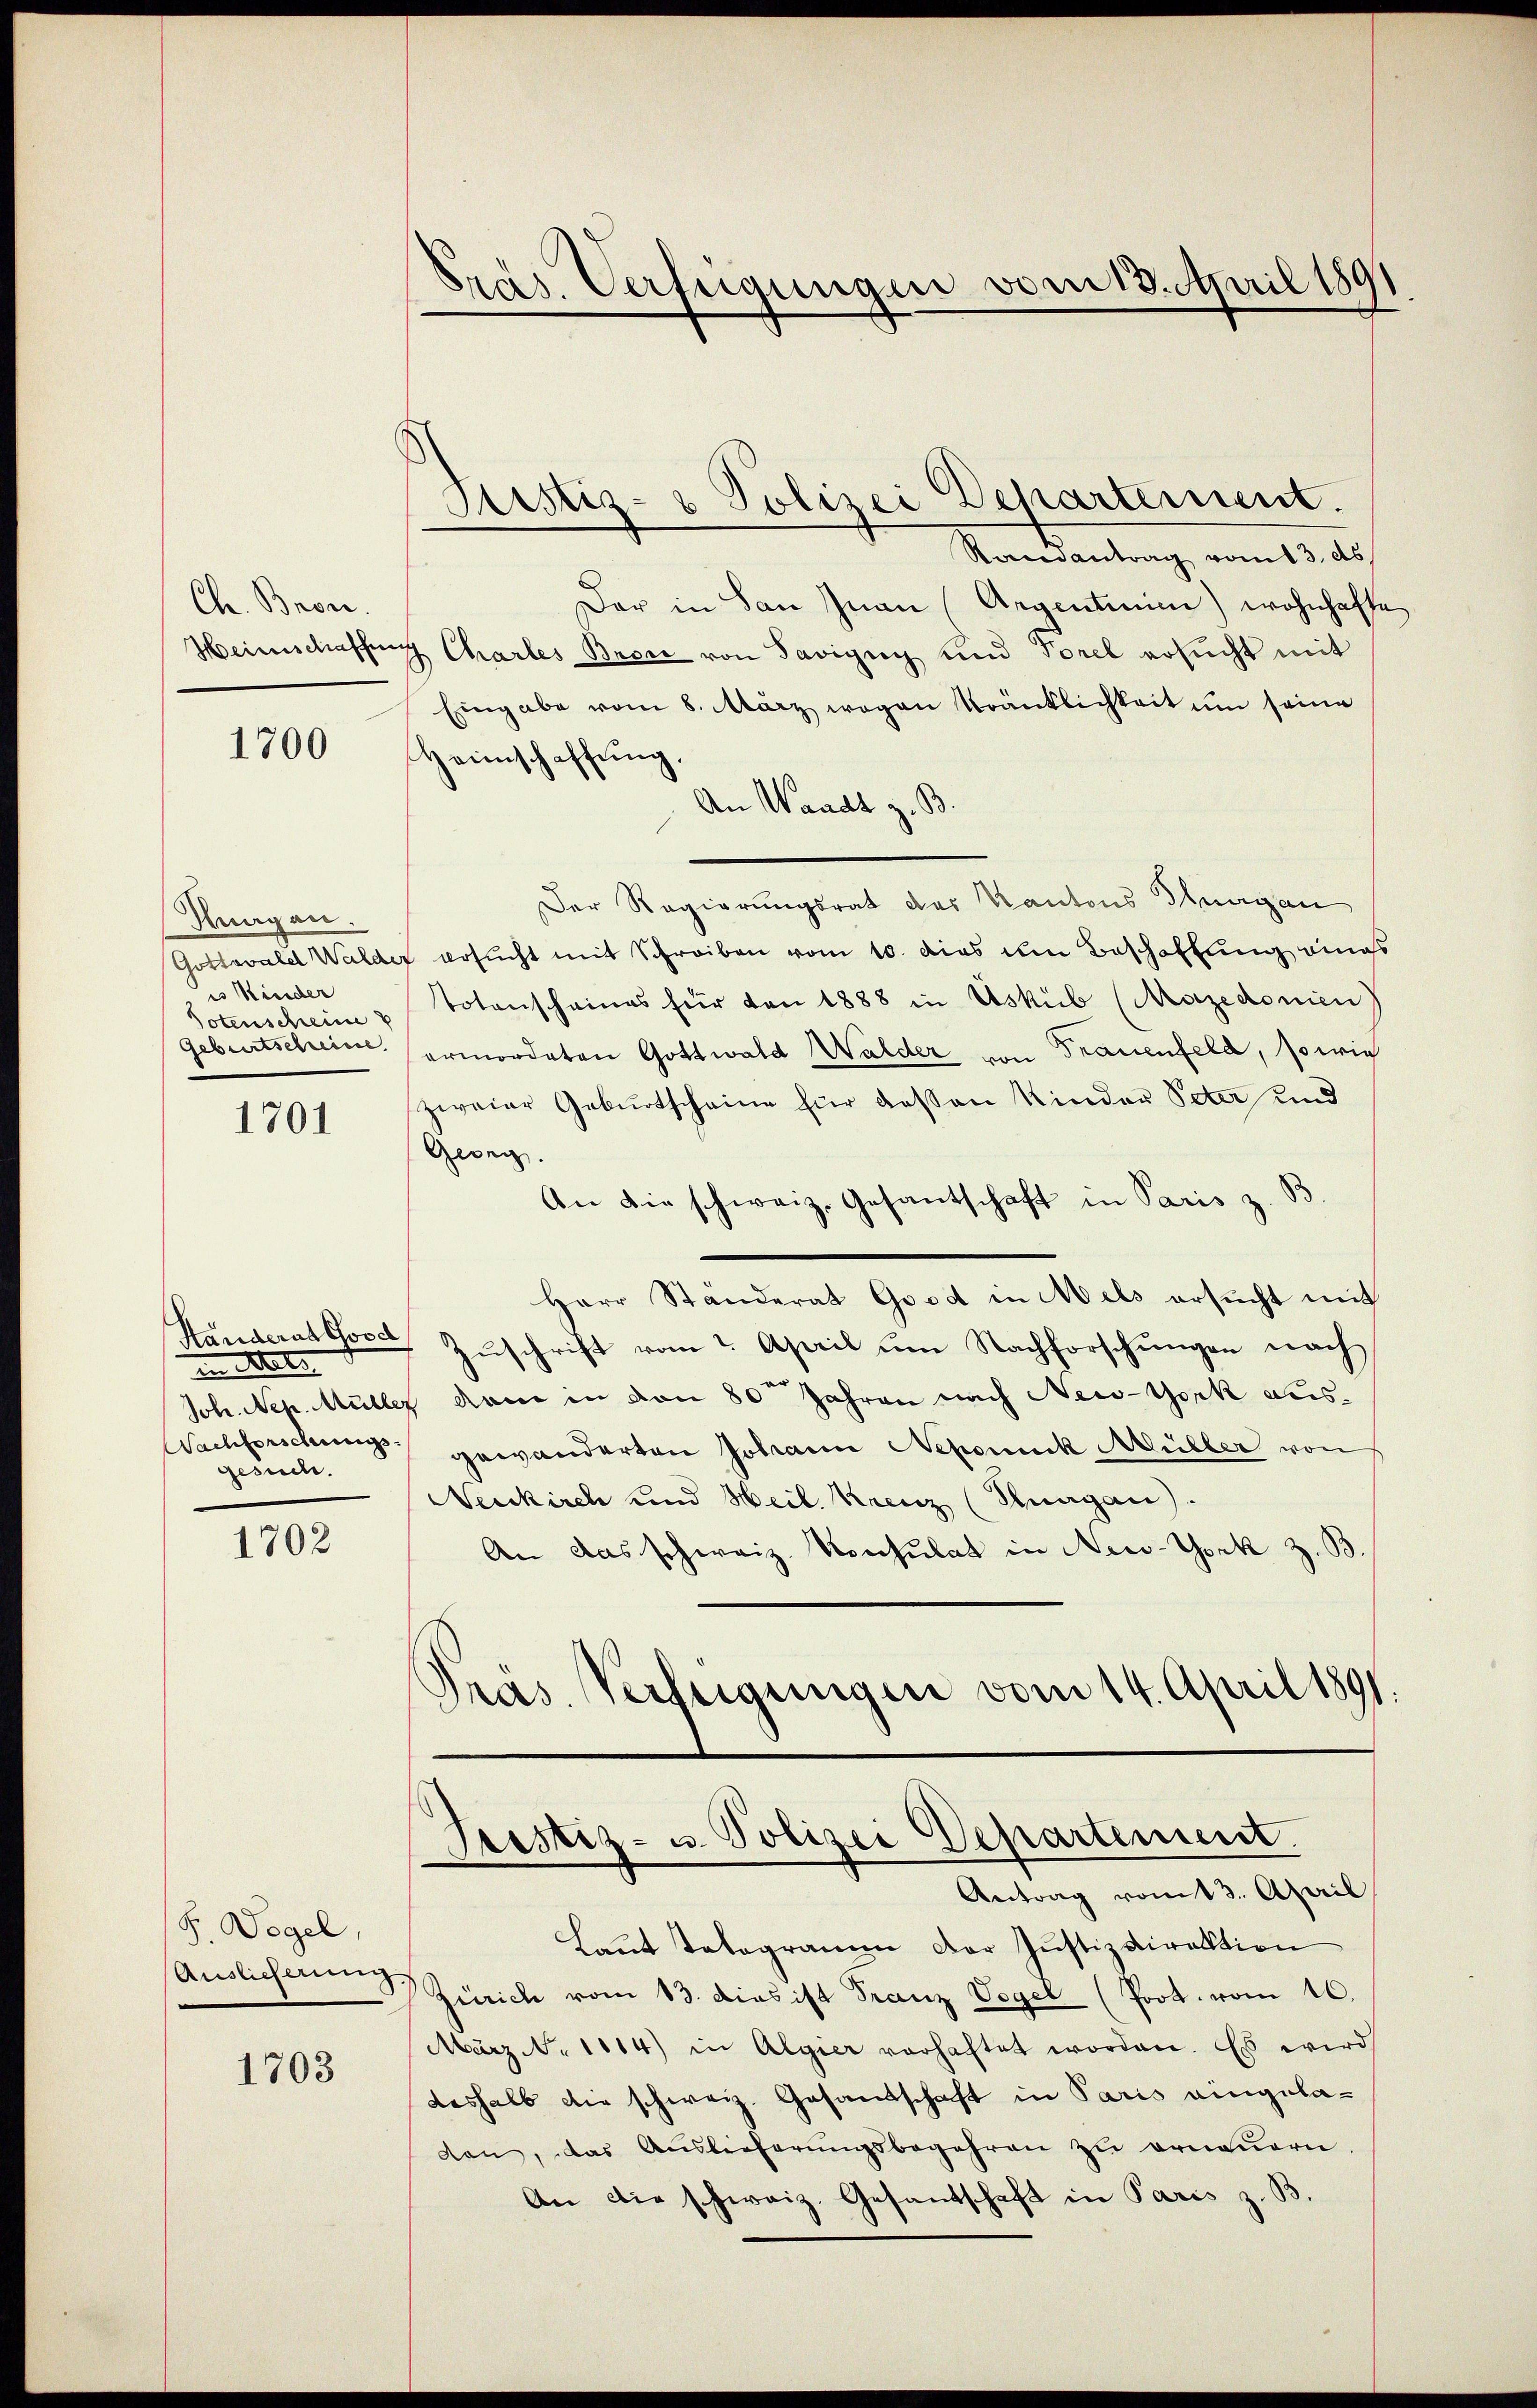
Ch. Bron.
Heinschaffen

1700

Huagan.
Gottswald Walder
is Kinder
Potenscheine
Geburtscheine

1701

Handerat Gosch
in Metz
Nachforschungsgesuch.

1702

F. Degel,
Auslieferung

1703

Pras Verfügungen vom 13. April 1891

Randantrag vom 13. ds.
Der in San Inan (Argentum) wohnhafte
 Chartes Brose von Savigny und Vorel ersŭcht mit
Eingabe vom 8. März wegen Kränklichkeit um seine
Heimschaffung.
An Waadt z. B.
Der Regierungsrat des Kantons Thurgau
" ersucht mit Schreiben vom 10. dies im Beschaffung eines
Totenscheines für von 1888 in Uskub (Mazedonien
ermordeten Gottwald Walder von Trauenfeld, sowie
zweier Geburtscheine für deßen Kinder Peter und
Georg.
An die schweiz. Gesantschaft in Paris z. B
Herr Ständerat Good in Mels ersucht mit
Zuschrift vom 2. April um Nachforschungen nach
Joh. Nep. Müller dann in von 80 Jahren nach New-York ausgewanderten Johann Nepomuck Müller von
Neukirch und Heil. Krenz (Stnagan).
An das schweiz. Konsulat in New-York z. B
Pras. Verfügungen vom 14. April 1891.

Prestiz- u. Polizei Departement.
Antrag vom 13. April

Justiz- & Polizei Departement.

Laut Telegramm der Justizdirektion
Zürich vom 13. dies ist Franz Vogel (Prot. vom 16.
März d. 1114) in Algier vorhaftet worden. Es wird
deshalb die schweiz. Gesandtschaft in Paris eingeladan, das Auslieferungsbegehren zu erneuern
An die schweiz. Gesandschaft in Paris z. B.